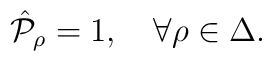
\hat{\cal P}_{\rho}=1,\quad \forall \rho\in\Delta.